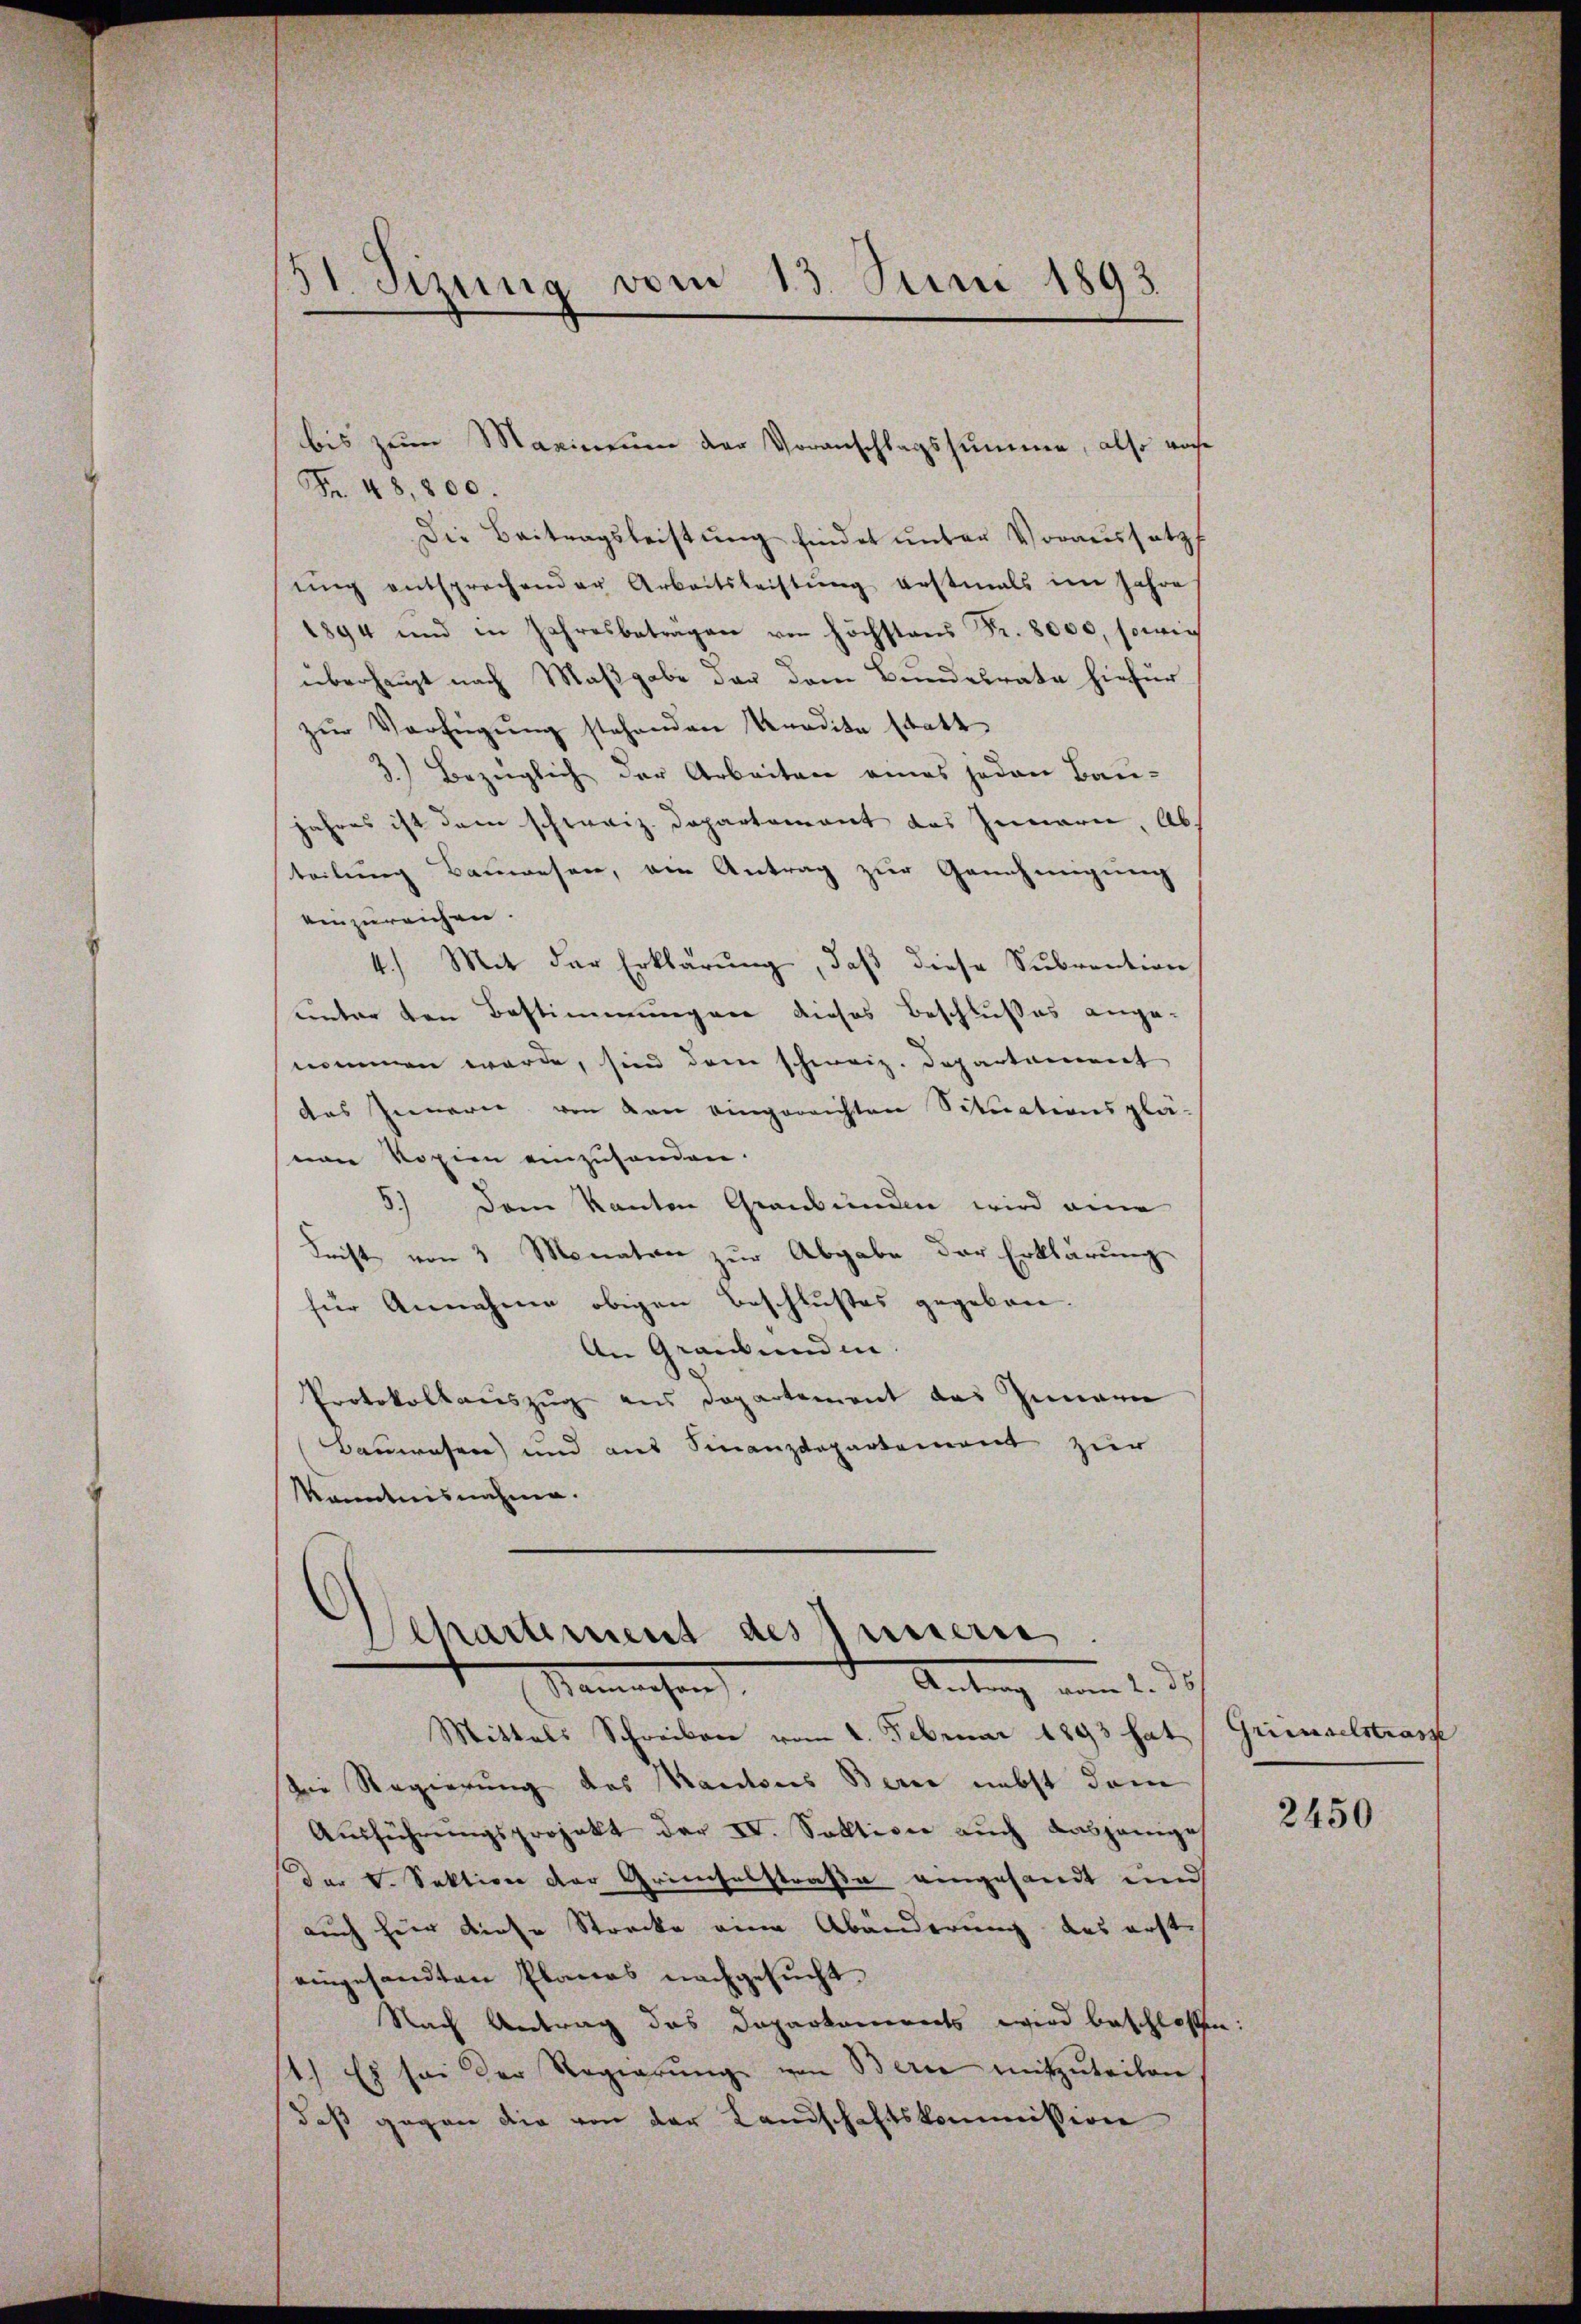
51 Sizung vom 13. Juni 1893

bis zum Marinium der Voranschlagssumme, also woche
Fr. 48,800.
Die Beitragsleistung findet unter Voraussetzt
ŭng entsprechender Arbeitsleistŭng erstmals im Jahre
1894 und in Jahresbeträgen von höchstand Fr. 8000, sowie
überhaupt nach Maßgabe der dem Bundesrate hiefür
zŭr Verfügŭng stehenden Kredita statt
3.) Bezüglich der Arbeiten eines jeden Bau-
jahres ist dem schweiz. Departement des Innern, Ab
teilung Bauwesen, ein Antrag zur Genehmigung
einzureichen.
4.) Mit der Erklärung, daß diese Subvention
unter den Bestimmungen dieses Beschlußes ange-
nommen werde, sind dem schweiz. Departement
das Innern von von eingereichten Situationsplä-
eon Kopien einzuhanden.
3.) Dem Kanton Graubünden wird eine
Leist von 3 Monaten zur Abgabe der Erklärung
für Annahme obigen Beschlußes gegeben
An Grauenden.
Protokollauszug aus Departement das Innern
Bauwesen und aus Finanzdepartement zur
Kenntnisnahme.
Departement des Innern
Antrag am 2. de
Semachen
Mittels Schreiben vom 1. Februar 1893 hat
die Regierung des Kantons Berne nebst dem
Aŭsführŭngsprojekt der IV. Sektione auch dasjenige
der V. Sektion der Gründelstraße eingesandt und
auch hier diese Strecke eine Abänderung des erst
eingesandten Planes nachgesucht.
Nach Antrag das Daparkaments wird beschlossen:
st.) Es sei der Regierŭng von Berne mitzŭteilen
daß gegen die von der Landschaftskommission

Griesselstras

2450